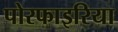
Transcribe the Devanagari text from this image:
पोरफाइरिया